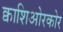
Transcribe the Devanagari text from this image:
क्वाशिओरकोर